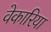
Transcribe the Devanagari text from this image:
वेकारिया